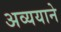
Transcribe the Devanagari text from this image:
अव्ययाने